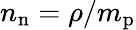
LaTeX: n_{\mathrm{n}}=\rho/m_{\mathrm{p}}